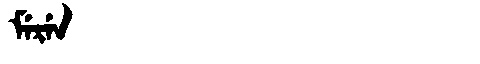
Manchu: ᠮᡝᡵᡝᠨ
Romanization: MEREN